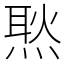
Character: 㷦